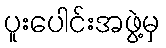
ပူးပေါင်းအဖွဲ့မှ